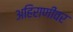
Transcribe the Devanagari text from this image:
अहिराणीवर